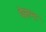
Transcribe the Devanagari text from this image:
पेसन्ट